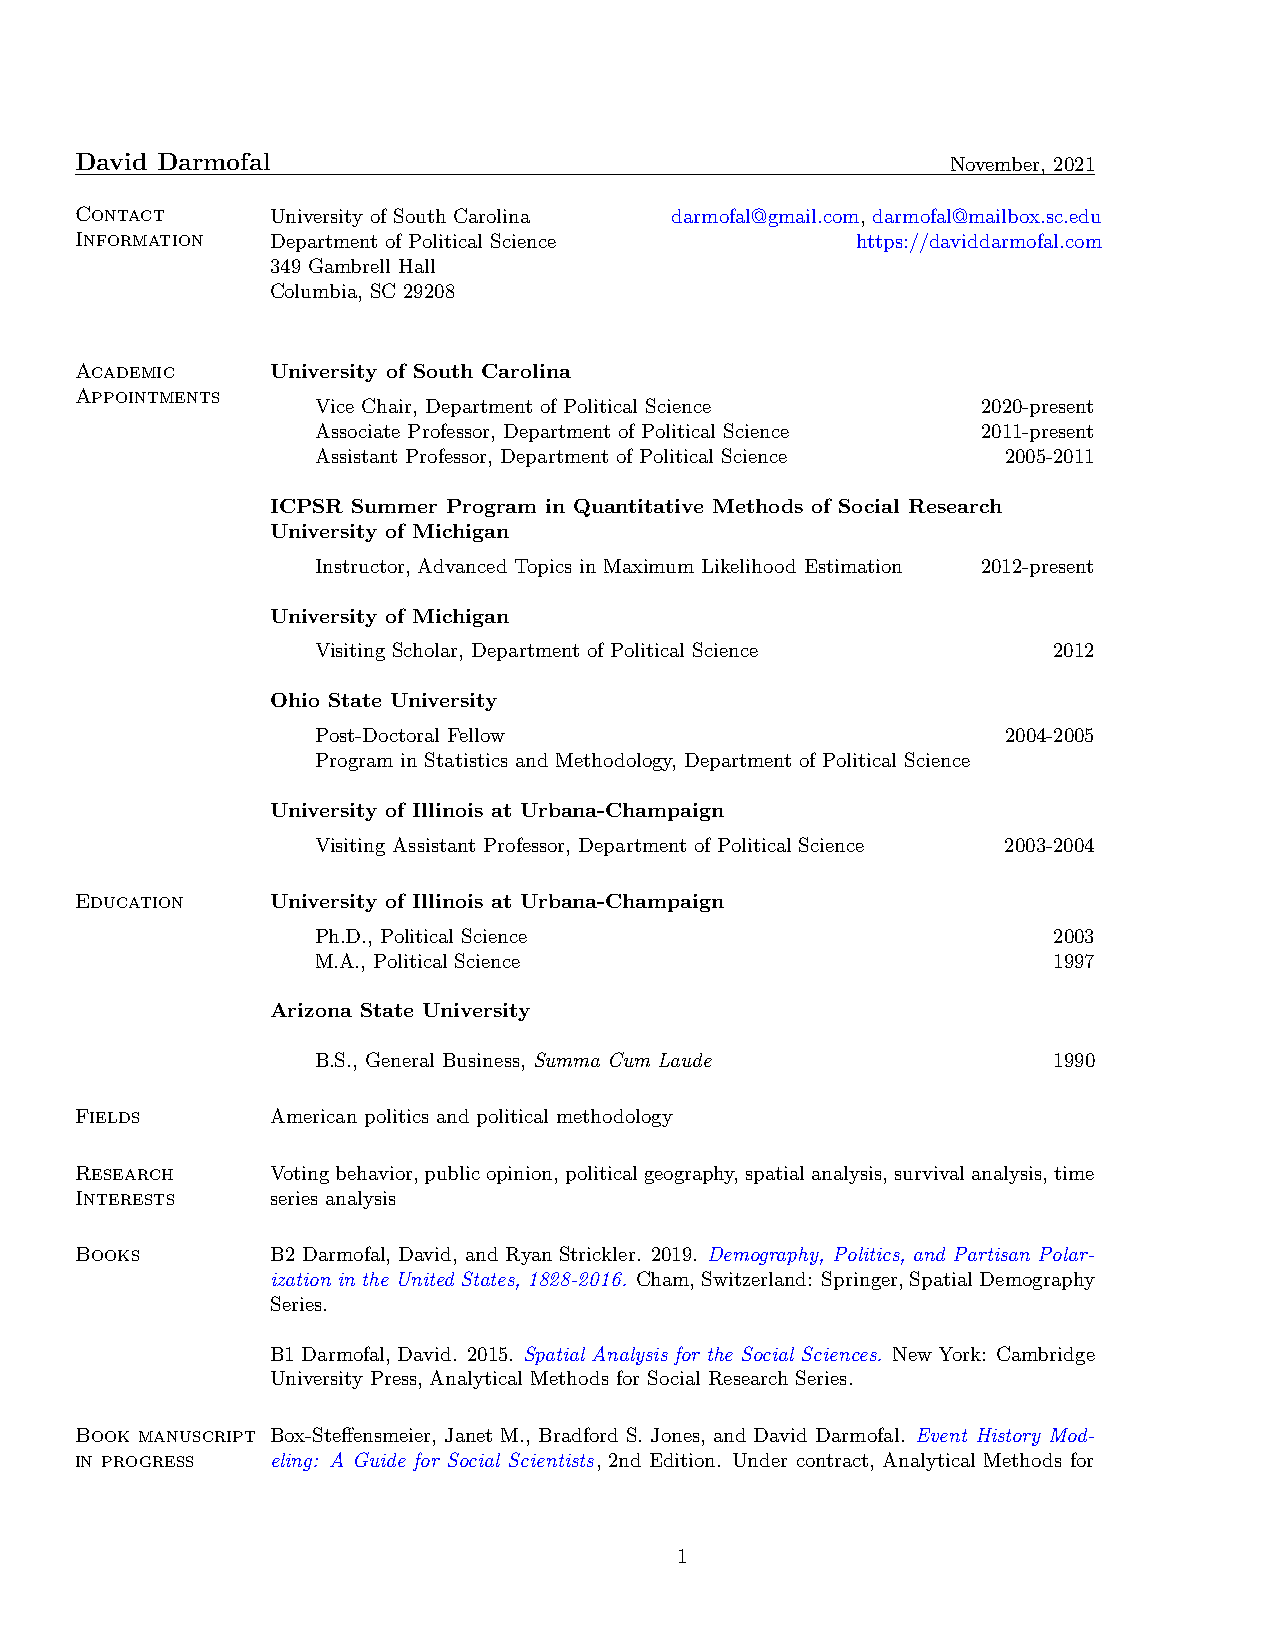
David Darmofal                                            November, 2021
 Contact      University of South Carolina darmofal@gmail.com, darmofal@mailbox.sc.edu
 Information  Department of Political Science        https://daviddarmofal.com
 349 Gambrell Hall
 Columbia, SC 29208
 Academic     University of South Carolina
 Appointments
 Vice Chair, Department of Political Science 2020-present
 Associate Professor, Department of Political Science 2011-present
 Assistant Professor, Department of Political Science 2005-2011
 ICPSR Summer Program in Quantitative Methods of Social Research
 University of Michigan
 Instructor, Advanced Topics in Maximum Likelihood Estimation 2012-present
 University of Michigan
 Visiting Scholar, Department of Political Science 2012
 Ohio State University
 Post-Doctoral Fellow                          2004-2005
 Program in Statistics and Methodology, Department of Political Science
 University of Illinois at Urbana-Champaign
 Visiting Assistant Professor, Department of Political Science 2003-2004
 Education    University of Illinois at Urbana-Champaign
 Ph.D., Political Science                         2003
 M.A., Political Science                          1997
 Arizona State University
 B.S., General Business, Summa Cum Laude          1990
 Fields       American politics and political methodology
 Research     Votingbehavior,publicopinion,politicalgeography,spatialanalysis,survivalanalysis,time
 Interests    series analysis
 Books        B2 Darmofal, David, and Ryan Strickler. 2019. Demography, Politics, and Partisan Polar-
 ization in the United States, 1828-2016. Cham,Switzerland: Springer,SpatialDemography
 Series.
 B1 Darmofal, David. 2015. Spatial Analysis for the Social Sciences. New York: Cambridge
 University Press, Analytical Methods for Social Research Series.
 Book manuscript Box-Steffensmeier, Janet M., Bradford S. Jones, and David Darmofal. Event History Mod-
 in progress  eling: A Guide for Social Scientists, 2nd Edition. Under contract, Analytical Methods for
 1